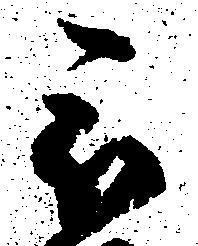
被